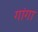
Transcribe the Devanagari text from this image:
गांगा